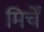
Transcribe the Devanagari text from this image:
मिर्चें